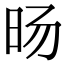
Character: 旸